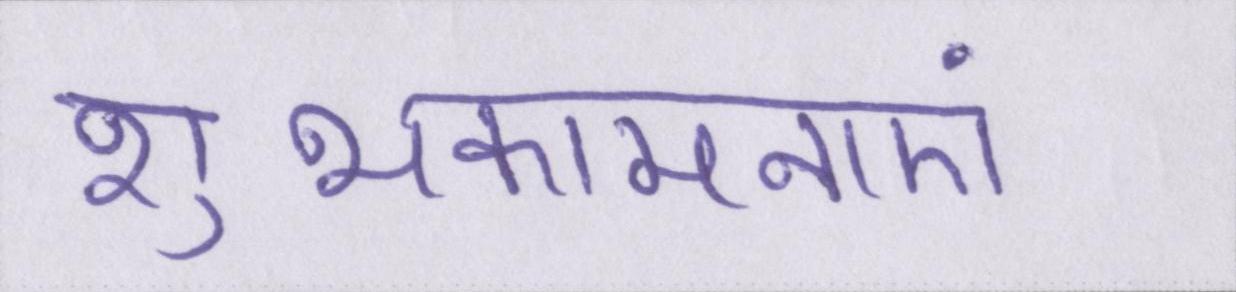
शुभकामनाएं